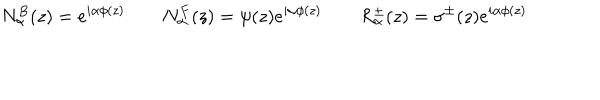
N _ { \alpha } ^ { B } ( z ) = e ^ { i \alpha \phi ( z ) } \qquad N _ { \alpha } ^ { F } ( z ) = \psi ( z ) e ^ { i \alpha \phi ( z ) } \qquad R _ { \alpha } ^ { \pm } ( z ) = \sigma ^ { \pm } ( z ) e ^ { i \alpha \phi ( z ) }